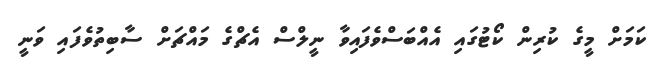
ކަމަށް މީގެ ކުރިން ކޯޓުގައި އެއްބަސްވެފައިވާ ނީލްސް އެޗްގެ މައްޗަށް ސާބިތުވެފައި ވަނީ